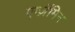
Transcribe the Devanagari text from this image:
एग्ज़ॅमिन